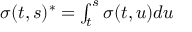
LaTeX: \textstyle { \boldsymbol { \sigma } } ( t , s ) ^ { * } = \int _ { t } ^ { s } { \boldsymbol { \sigma } } ( t , u ) d u